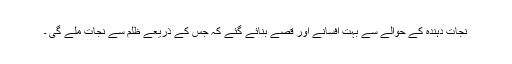
نجات دہندہ کے حوالے سے بہت افسانے اور قصے بنائے گئے کہ جس کے ذریعے ظلم سے نجات ملے گی ۔